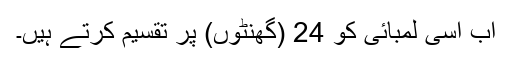
اب اسی لمبائی کو 24 (گھنٹوں) پر تقسیم کرتے ہیں۔